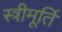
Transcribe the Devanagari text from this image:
स्त्रीमूर्ति